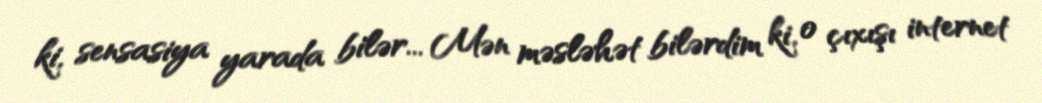
ki, sensasiya yarada bilər... Mən məsləhət bilərdim ki, o çıxışı internet